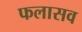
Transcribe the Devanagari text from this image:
फलासव